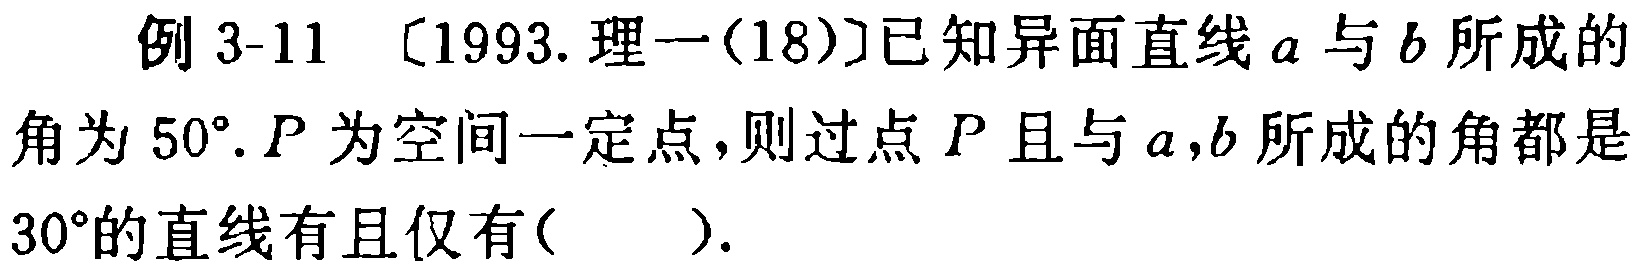
例 3-11 〔1993. 理一(18)〕已知异面直线\(a\)与\(b\)所成的角为\(50^{\circ}\). \(P\)为空间一定点，则过点\(P\)且与\(a,b\)所成的角都是\(30^{\circ}\)的直线有且仅有( ).